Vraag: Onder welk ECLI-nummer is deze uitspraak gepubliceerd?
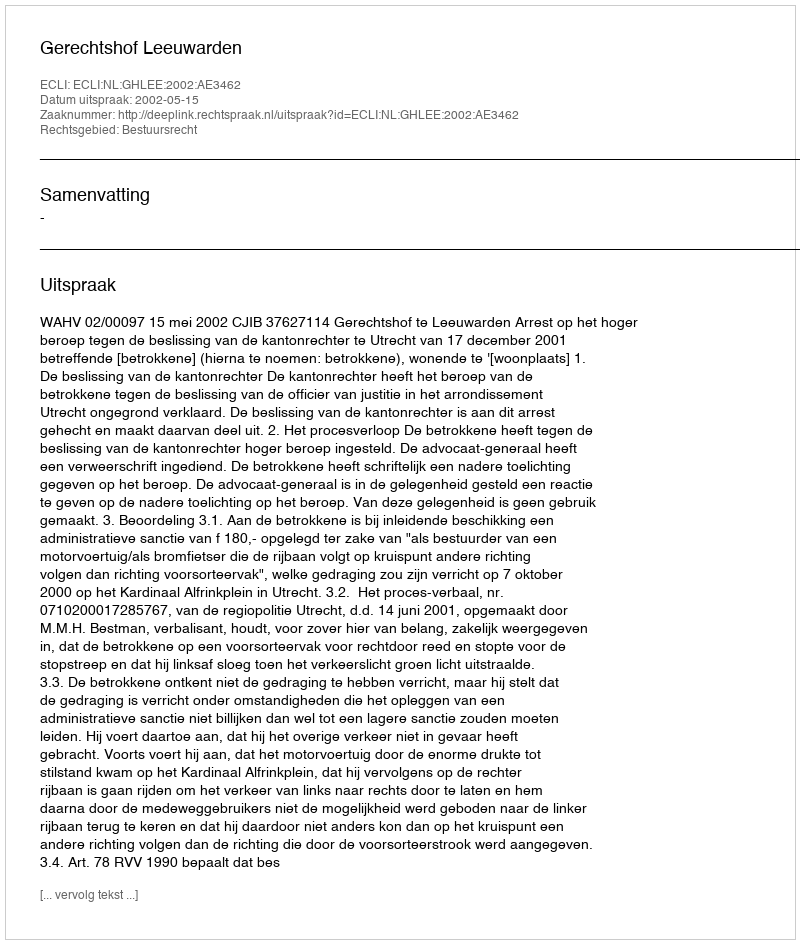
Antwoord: ECLI:NL:GHLEE:2002:AE3462